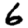
Digit: 6